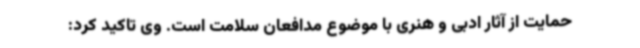
حمایت از آثار ادبی و هنری با موضوع مدافعان سلامت است. وی تاکید کرد: